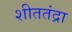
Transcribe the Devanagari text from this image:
शीततंद्रा